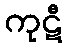
ကုဋီ